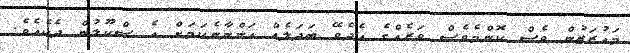
މައުރަޒުން ވެސް ކޮންމެވެސް ވަރެއްގެ އެދެވޭ ބަދަލެއް އަންނާނެކަމަށް އެ ސްކޫލުން ދެކެއެވެ.